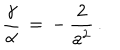
\frac { \gamma } { \alpha } \, = \, - \, \frac { 2 } { a ^ { 2 } } \, { . }